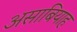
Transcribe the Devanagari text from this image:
असाबियाह